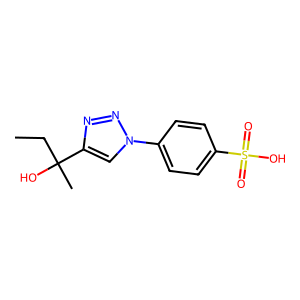
SMILES: CCC(C)(O)c1cn(-c2ccc(S(=O)(=O)O)cc2)nn1
Inhibits HIV replication: No